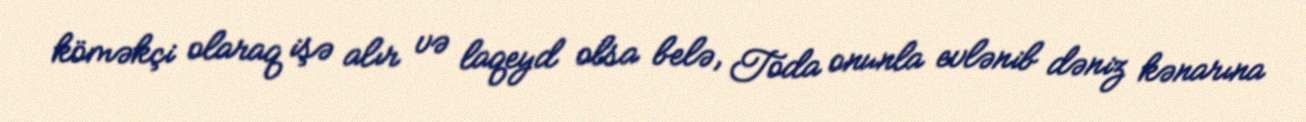
köməkçi olaraq işə alır və laqeyd olsa belə, Toda onunla evlənib dəniz kənarına